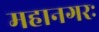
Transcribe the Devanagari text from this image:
महानगरः